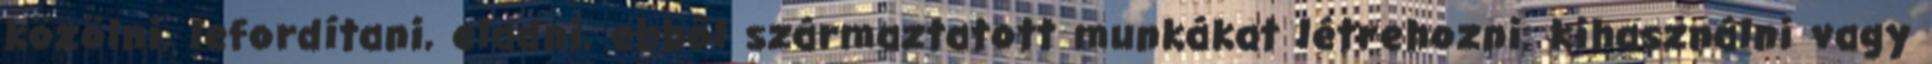
közölni, lefordítani, eladni, ebből származtatott munkákat létrehozni, kihasználni vagy